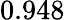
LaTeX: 0.948